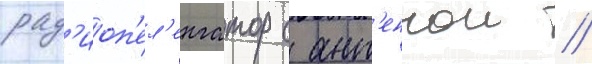
рад'иоп'ел'енгатор с ант'еннои //